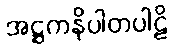
အဋ္ဌကနိပါတပါဠိ